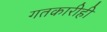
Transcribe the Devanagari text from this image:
गतकारीही